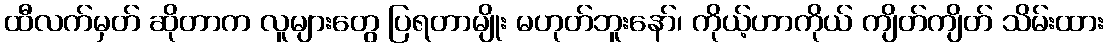
ထီလက်မှတ် ဆိုတာက လူများတွေ ပြရတာမျိုး မဟုတ်ဘူးနော်၊ ကိုယ့်ဟာကိုယ် ကျိတ်ကျိတ် သိမ်းထား